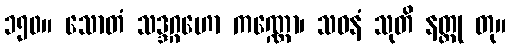
၁၅၀။ သောတံ သဒ္ဒဂ္ဂဟော ကဏ္ဏော၊ သဝနံ သုတိ နတ္ထု တု။